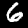
Label: 6